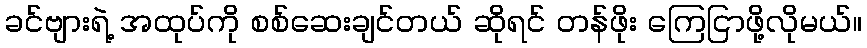
ခင်ဗျားရဲ့ အထုပ်ကို စစ်ဆေးချင်တယ် ဆိုရင် တန်ဖိုး ကြေငြာဖို့လိုမယ်။